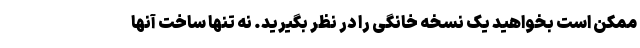
ممکن است بخواهید یک نسخه خانگی را در نظر بگیرید. نه تنها ساخت آنها